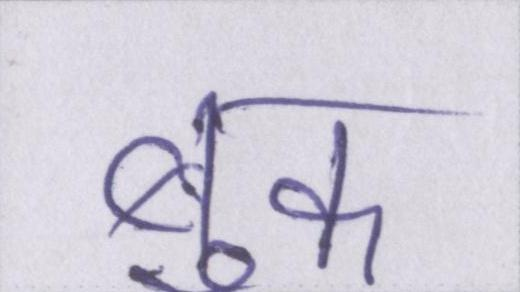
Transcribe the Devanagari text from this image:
बुक